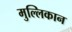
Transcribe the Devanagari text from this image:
मुल्लिकान